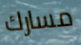
مسارك